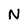
Character: N